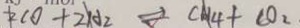
2 C O + 2 H _ { 2 } \rightleftharpoons C H _ { 4 } + C O _ { 2 }